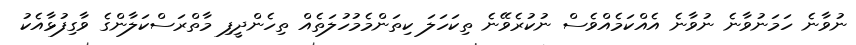
ނުވާނެ ހަމަނުވާނެ ނުވާނެ އެއްކަމެއްވެސް ނުކުރެވޭނެ ތިކަހަލަ ކިތަންމެމުހުލަތެއް ތިހެންދީފި މާތްރަސްކަލާންގެ ވާގިފުޅާއެކު